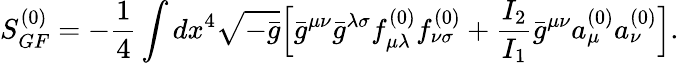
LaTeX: S_{GF}^{(0)}=-\frac{1}{4}\int dx^{4}\sqrt{-\bar{g}}\Bigl[\bar{g}^{\mu\nu}\bar{g}^{\lambda\sigma}f_{\mu\lambda}^{(0)}f_{\nu\sigma}^{(0)}+\frac{I_{2}}{I_{1}}\bar{g}^{\mu\nu}a_{\mu}^{(0)}a_{\nu}^{(0)}\Bigr].